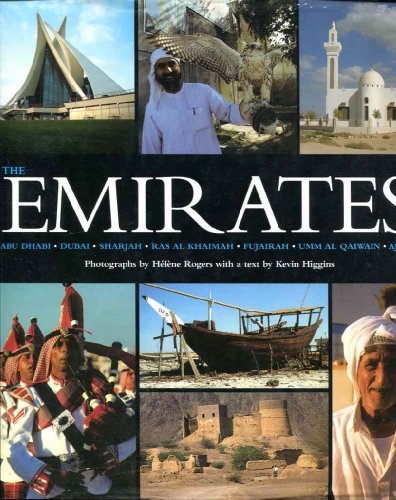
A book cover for The Emirates: Abu Dhabi, Dubai, Sharjah, Ras Al Khaimah, Fujairah, Umm Al Qaiwain, Ajman; Helene Rogers; History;